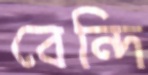
বেন্দি